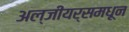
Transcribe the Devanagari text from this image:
अल्जीयर्समधून